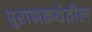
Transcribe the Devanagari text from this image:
पुराणकथेतील